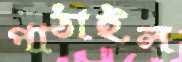
পাঠাইল